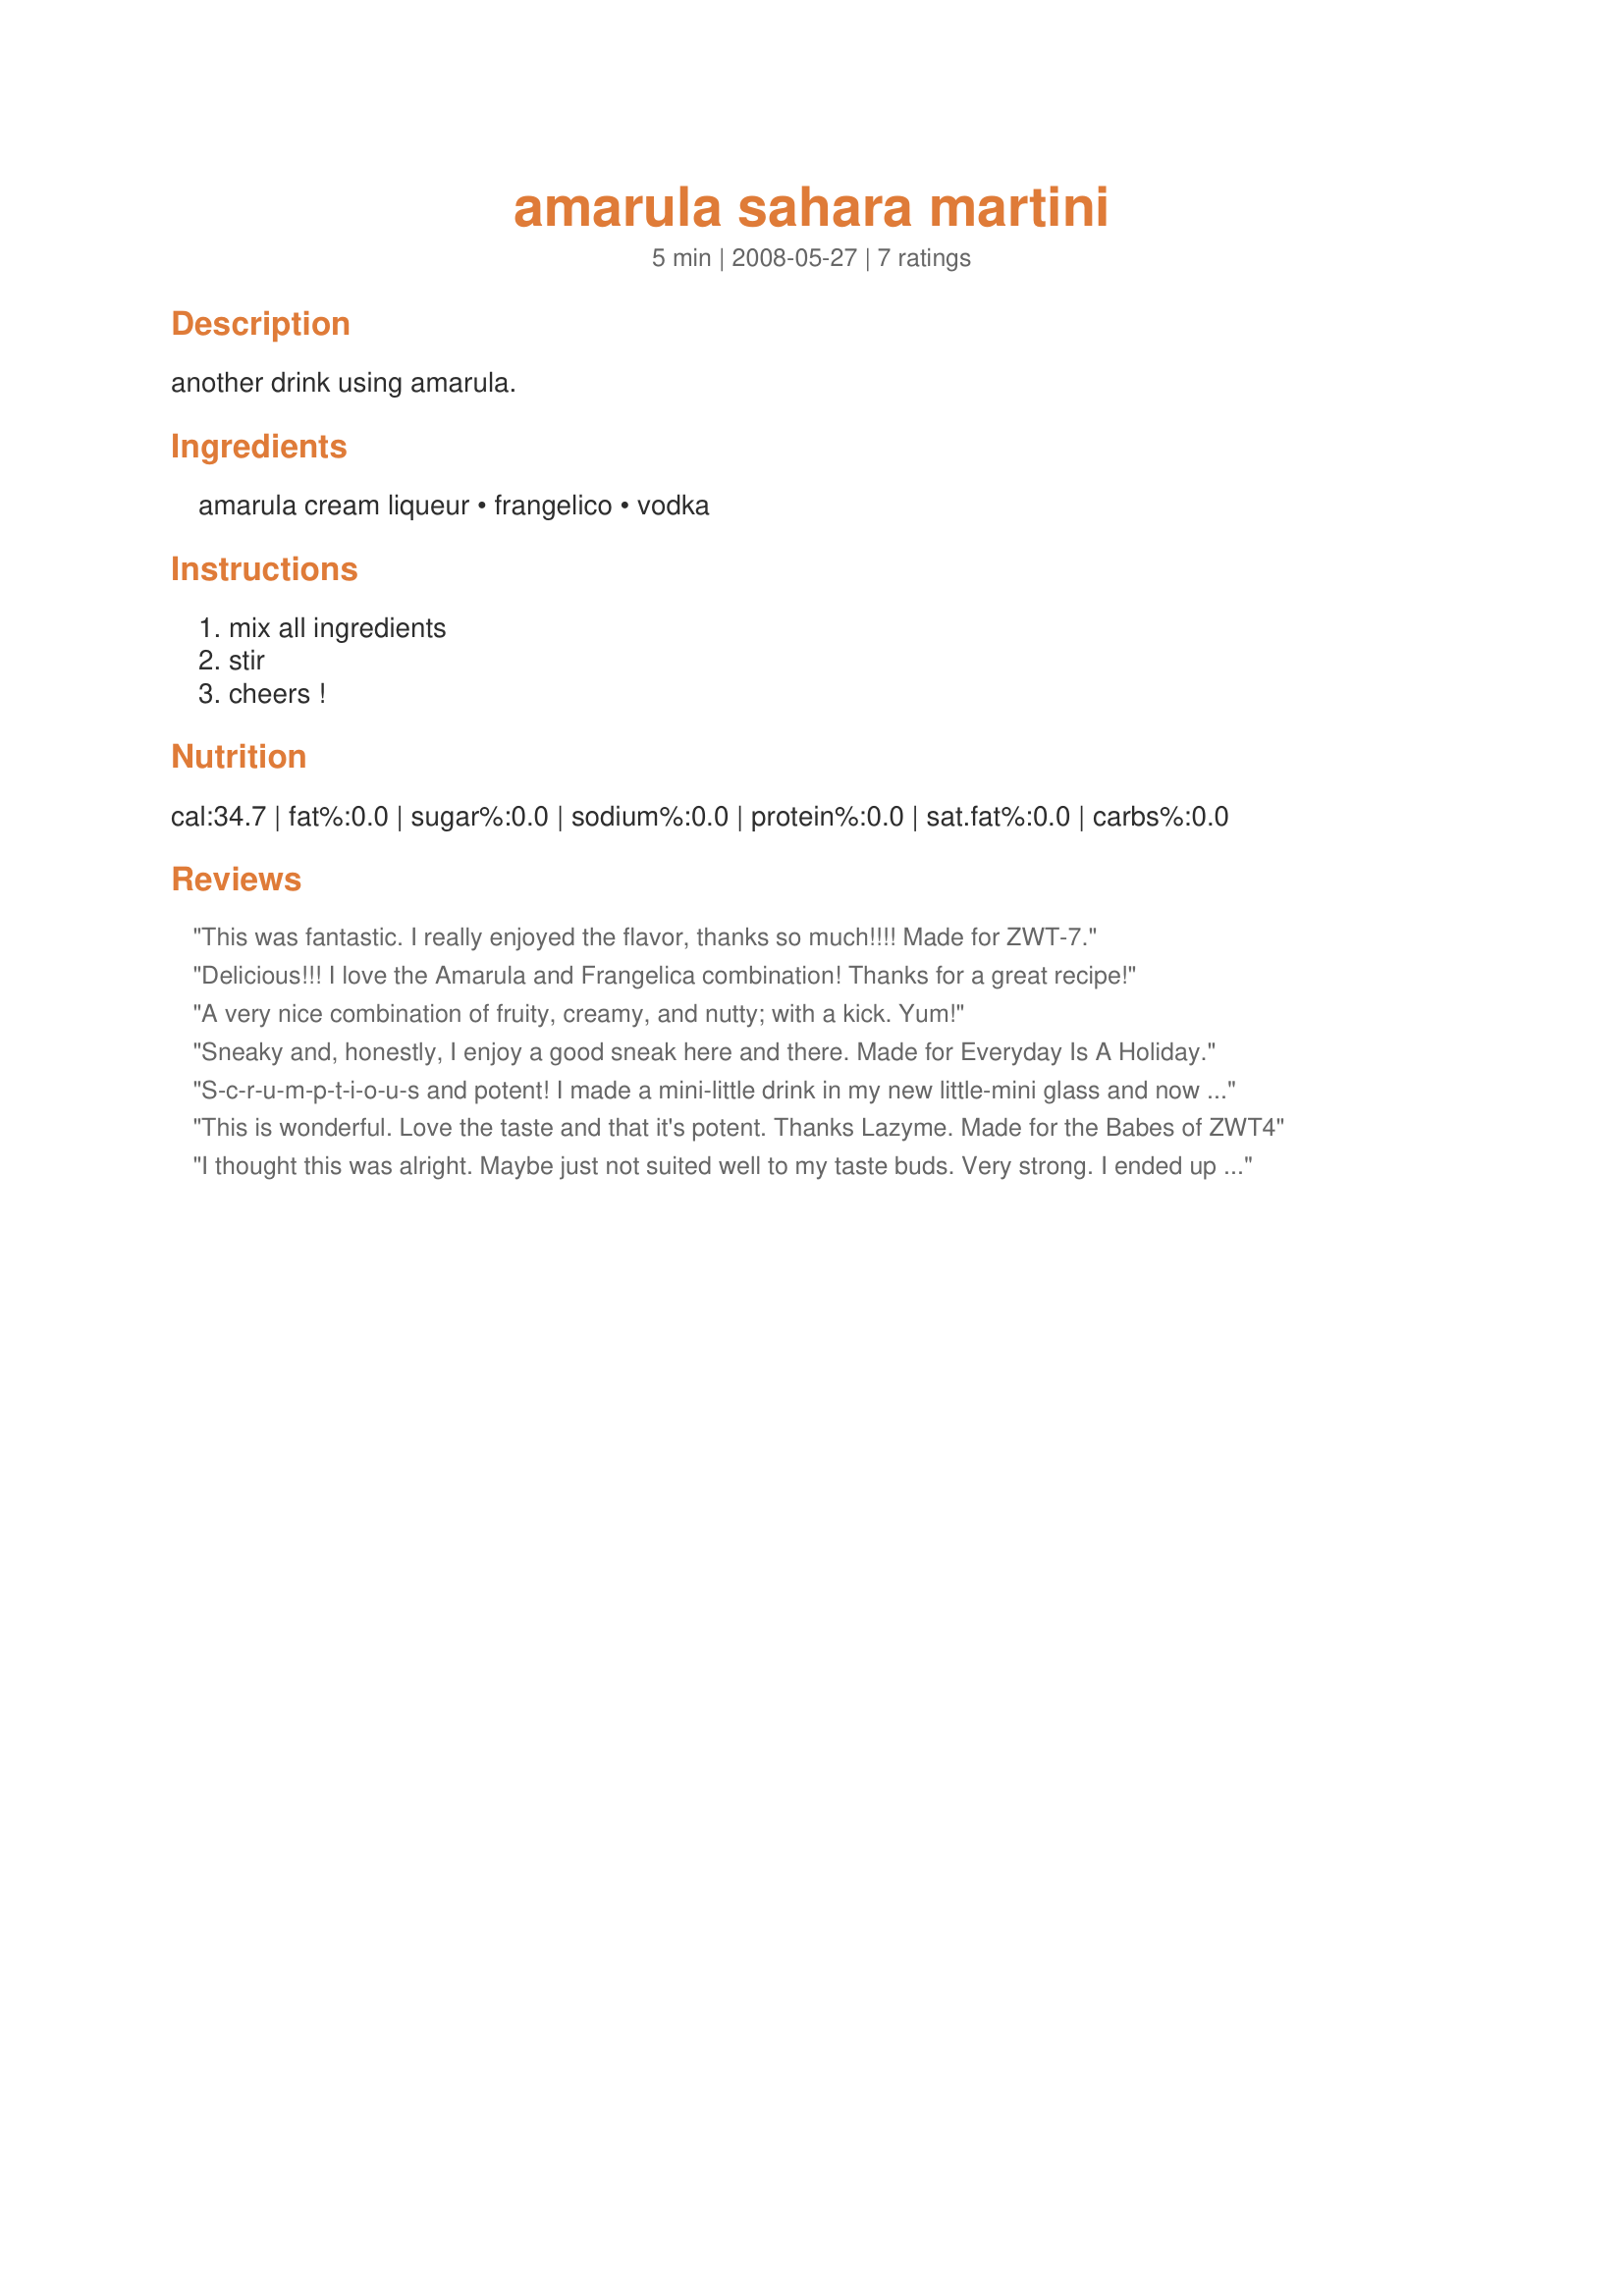
amarula sahara martini
Preparation time: 5 minutes

another drink using amarula.

Ingredients:
amarula cream liqueur, frangelico, vodka

Steps:
mix all ingredients, stir, cheers !

Reviews:
This was fantastic. I really enjoyed the flavor, thanks so much!!!! Made for ZWT-7.
Delicious!!! I love the Amarula and Frangelica combination! Thanks for a great recipe!
A very nice combination of fruity, creamy, and nutty; with a kick. Yum!
Sneaky and, honestly, I enjoy a good sneak here and there. Made for Everyday Is A Holiday.
S-c-r-u-m-p-t-i-o-u-s and potent! I made a mini-little drink in my new little-mini glass and now I think I'll need to throw my glass away and go with the full size drink next time. You really taste the frangelico in this one. Nice and nutty! Made for ZWT 4 by a Jefe de la Cocina.
This is wonderful. Love the taste and that it's potent. Thanks Lazyme. Made for the Babes of ZWT4
I thought this was alright. Maybe just not suited well to my taste buds. Very strong. I ended up adding coffee to mine and then liking it. Made for ZWT4.
